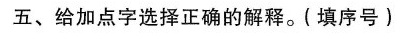
五、给加点字选择正确的解释。(填序号)